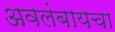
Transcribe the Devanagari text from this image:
अवलंबायचा